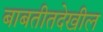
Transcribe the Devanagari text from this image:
बाबतीतदेखील